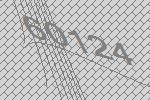
60124